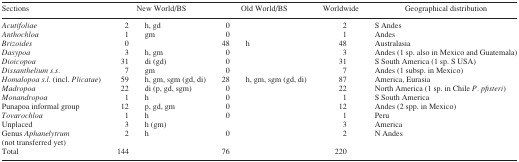
<table><thead><tr><td><b>Sections</b></td><td colspan="2"><b>New World/BS</b></td><td colspan="2"><b>Old World/BS</b></td><td><b>Worldwide</b></td><td><b>Geographical distribution</b></td></tr></thead><tbody><tr><td><i>Acutifoliae</i></td><td>2</td><td>h, gd</td><td>0</td><td></td><td>2</td><td>S Andes</td></tr><tr><td><i>Anthochloa</i></td><td>1</td><td>gm</td><td>0</td><td></td><td>1</td><td>Andes</td></tr><tr><td><i>Brizoides</i></td><td>0</td><td></td><td>48</td><td>h</td><td>48</td><td>Australasia</td></tr><tr><td><i>Dasypoa</i></td><td>3</td><td>h, gm</td><td>0</td><td></td><td>3</td><td>Andes (1 sp. also in Mexico and Guatemala)</td></tr><tr><td><i>Dioicopoa</i></td><td>31</td><td>di (gd)</td><td>0</td><td></td><td>31</td><td>S South America (1 sp. S USA)</td></tr><tr><td><i>Dissanthelium s.s.</i></td><td>7</td><td>gm</td><td>0</td><td></td><td>7</td><td>Andes (1 subsp. in Mexico)</td></tr><tr><td><i>Homalopoa s.l.</i> (incl. <i>Plicatae</i>)</td><td>59</td><td>h, gm, sgm (gd, di)</td><td>28</td><td>h, gm, sgm (gd, di)</td><td>87</td><td>America, Eurasia</td></tr><tr><td><i>Madropoa</i></td><td>22</td><td>di (p, gd, sgm)</td><td>0</td><td></td><td>22</td><td>North America (1 sp. in Chile <i>P. pfisteri</i>)</td></tr><tr><td><i>Monandropoa</i></td><td>1</td><td>h</td><td>0</td><td></td><td>1</td><td>S South America</td></tr><tr><td>Punapoa informal group</td><td>12</td><td>p, gd, gm</td><td>0</td><td></td><td>12</td><td>Andes (2 spp. in Mexico)</td></tr><tr><td><i>Tovarochloa</i></td><td>1</td><td>h</td><td>0</td><td></td><td>1</td><td>Peru</td></tr><tr><td>Unplaced</td><td>3</td><td>h (gm)</td><td></td><td></td><td>3</td><td>America</td></tr><tr><td>Genus <i>Aphanelytrum</i> (not transferred yet)</td><td>2</td><td>h</td><td>0</td><td></td><td>2</td><td>N Andes</td></tr><tr><td>Total</td><td>144</td><td></td><td>76</td><td></td><td>220</td><td></td></tr></tbody></table>